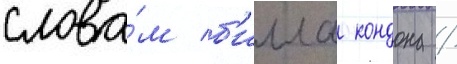
слова́м б'илла кондона /